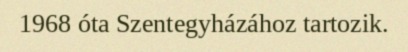
1968 óta Szentegyházához tartozik.